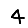
Digit: 4